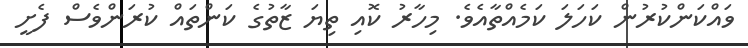
ވައްކަންކުރުން ކަހަލަ ކަމެއްތާއެވެ. މިހާރު ކޮއި ތިޔަ ޒާތުގެ ކަންތައް ކުރަންވެސް ފެށީ